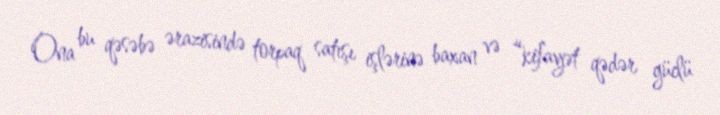
Ona bu qəsəbə ərazisində torpaq satışı işlərinə baxan və “kifayət qədər güclü